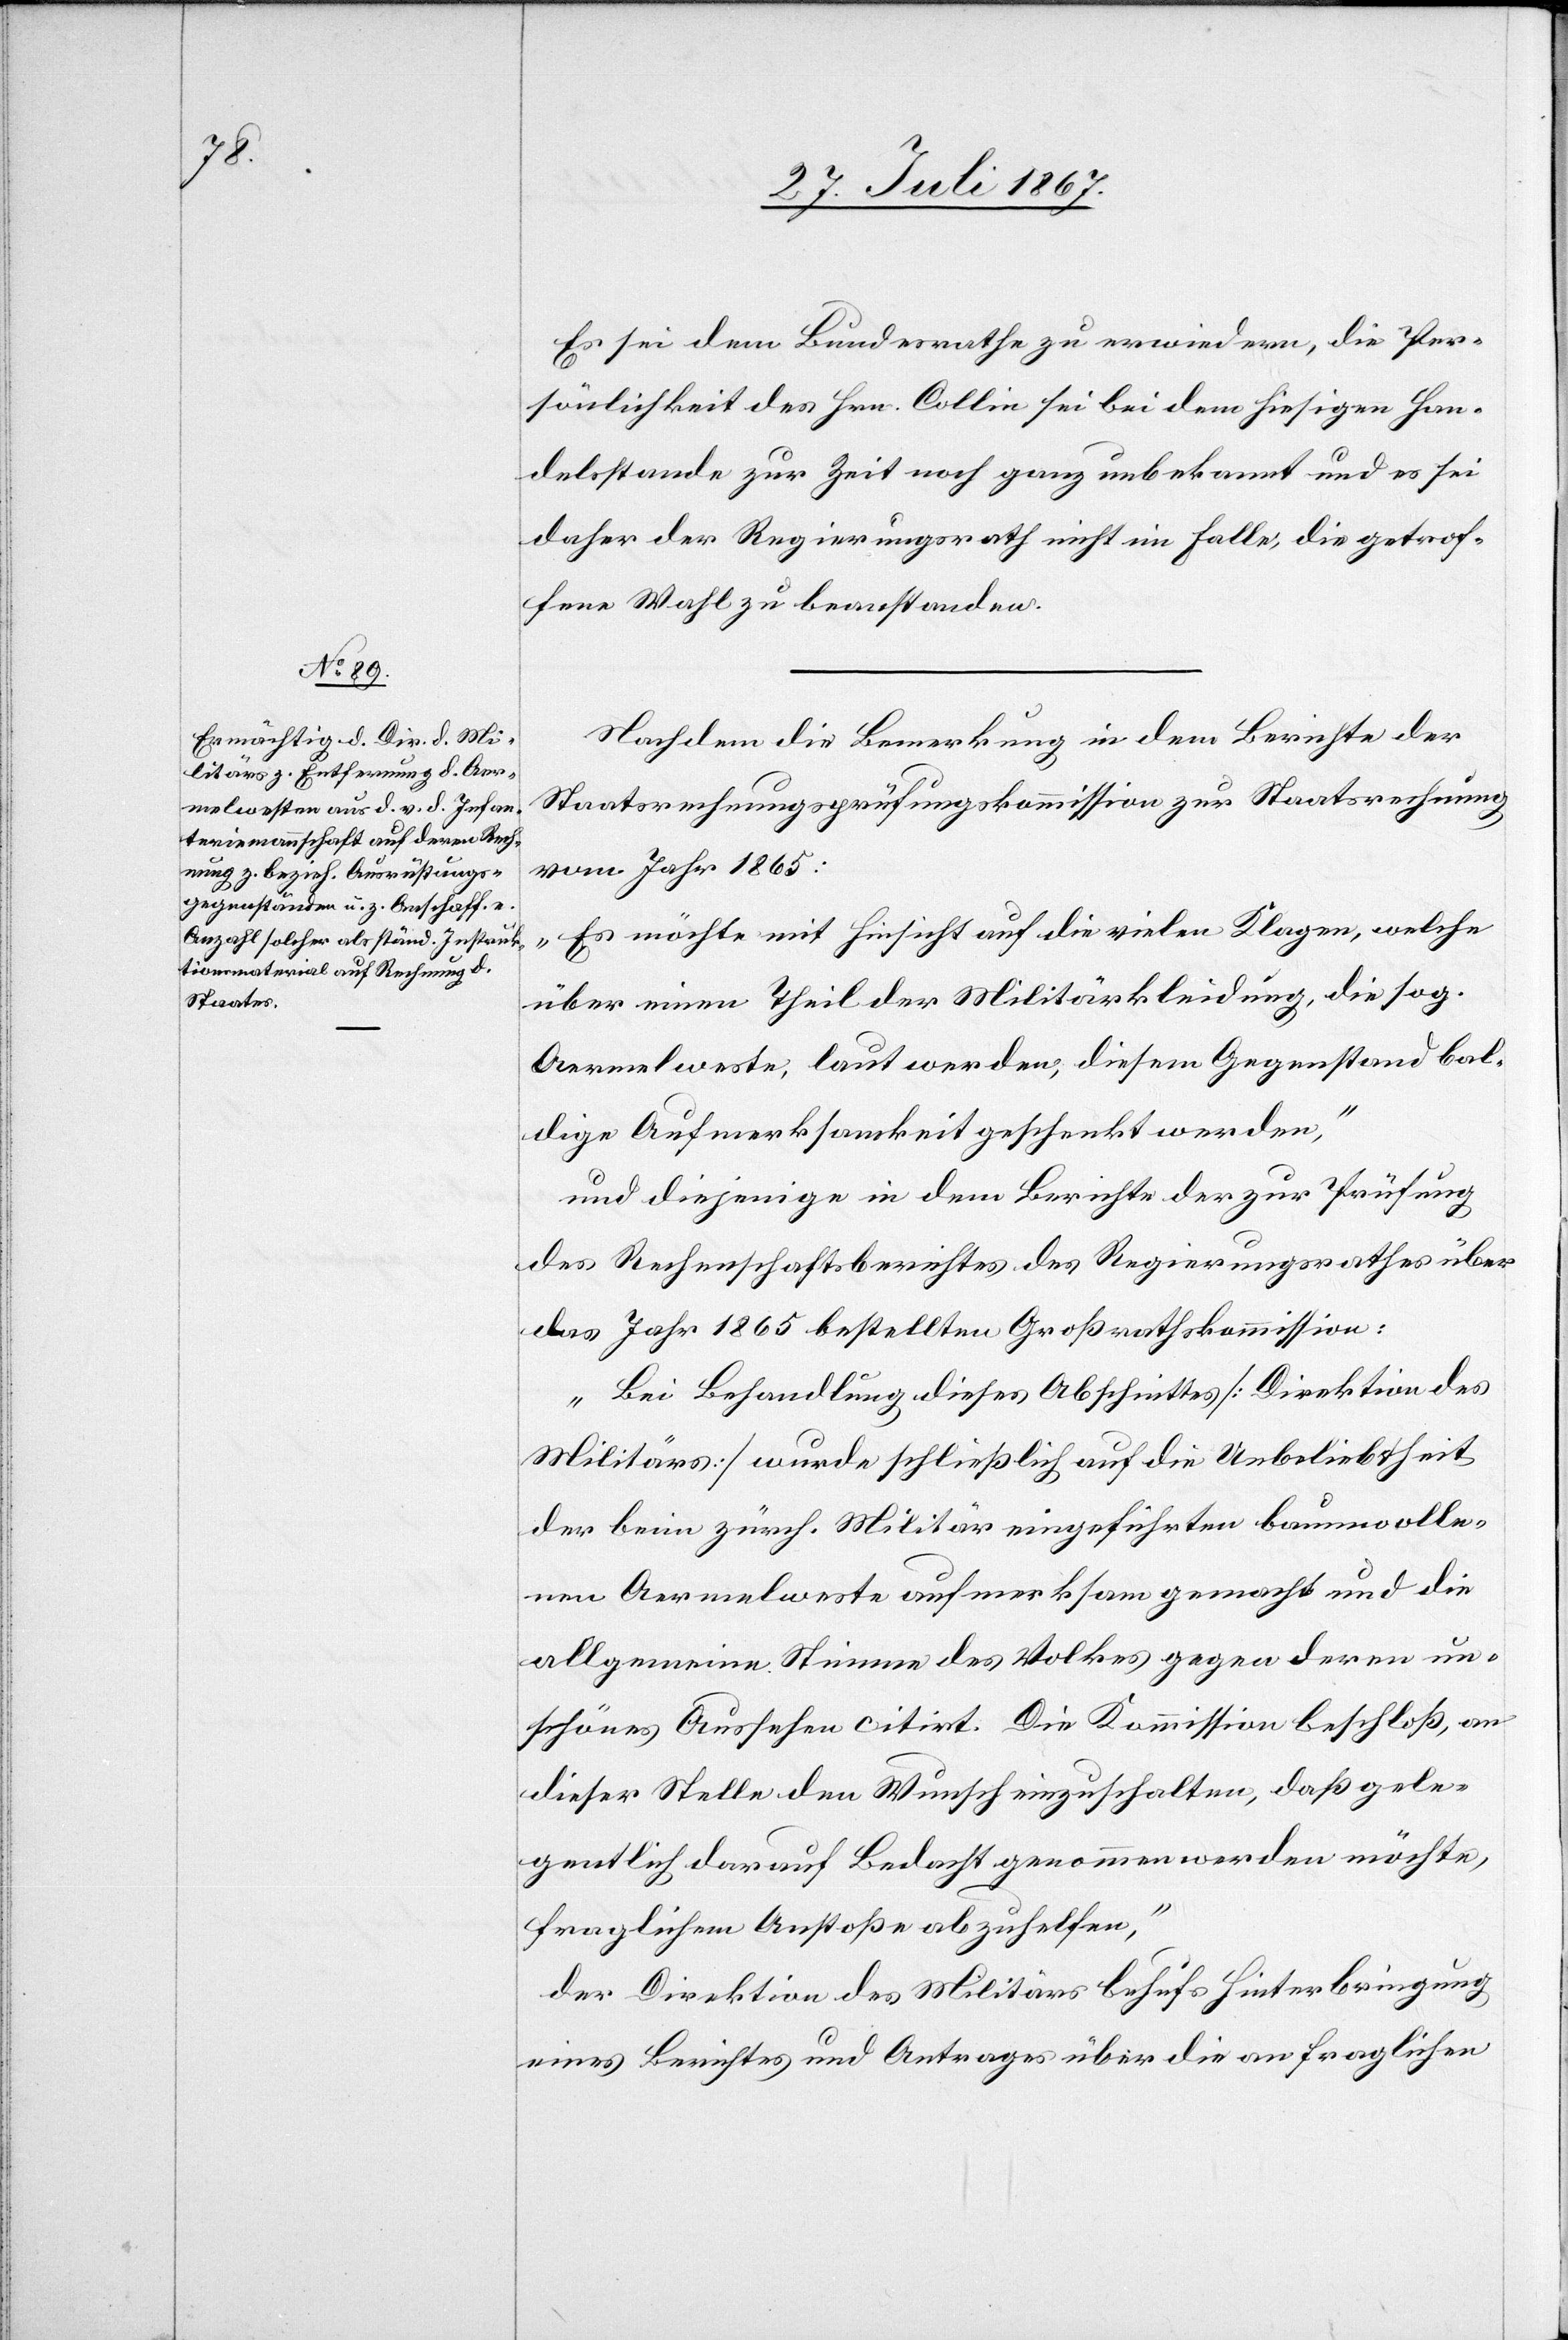
Es sei dem Bundesrathe zu erwiedern, die Per¬
sönlichkeit des Hrn. Collin sei bei dem hiesigen Han¬
delsstand zur Zeit noch ganz unbekannt und es sei
daher der Regierungsrath nicht im Falle, die getrof¬
fene Wahl zu beanstanden.
Nachdem die Bemerkung in dem Berichte der
Staatsrechnungsprüfungskommission zur Staatsrechnung
vom Jahr 1865:
„Es möchte mit Hinsicht auf die vielen Klagen, welche
über einen Theil der Militärkleidung, die sog.
Aermelweste, laut werden, diesem Gegenstand bal¬
dige Aufmerksamkeit geschenkt werden,“
und diejenige in dem Berichte der zur Prüfung
des Rechenschaftsberichtes des Regierungsrathes über
das Jahr 1865 bestellten Großrathskommission:
„Bei Behandlung dieses Abschnittes [Direktion des
Militärs] wurde schließlich auf die Unbeliebtheit
der beim zürch. Militär eingeführten baumwolle¬
nen Aermelwesten aufmerksam gemacht und die
allgemeine Stimme des Volkes gegen deren un¬
schönes Aussehen citirt. Die Kommission beschloß, an
dieser Stelle den Wunsch einzuschalten, daß gele¬
gentlich darauf Bedacht genommen werden möchte,
fraglichem Anstoße abzuhelfen,“
der Direktion des Militärs behufs Hinterbringung
eines Berichtes und Antrages über die an fraglichen